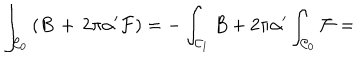
\int _ { { \cal C } _ { 0 } } \left( B \, + \, 2 \pi \alpha ^ { \prime } { \cal F } \right) = - \int _ { { \cal C } _ { 1 } } B + 2 \pi \alpha ^ { \prime } \int _ { { \cal C } _ { 0 } } { \cal F } =